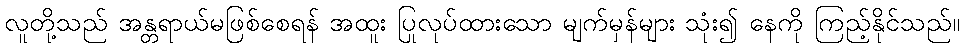
လူတို့သည် အန္တရာယ်မဖြစ်စေရန် အထူး ပြုလုပ်ထားသော မျက်မှန်များ သုံး၍ နေကို ကြည့်နိုင်သည်။